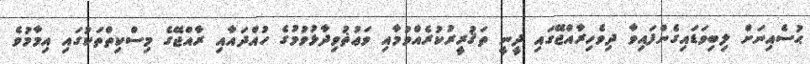
ޙުސެއިނަށް ލިބިވަޑައިގެންފައިވާ ދިވެހިރާއްޖޭގައި ދީނީ ތަޤުރީރުކުރެއްވުމާއި ވަޢުޡުވިދާޅުވުމުގެ ހުއްދައާއި ރާއްޖޭގެ މިސްކިތްތަކުގައި އިމާމުވެ